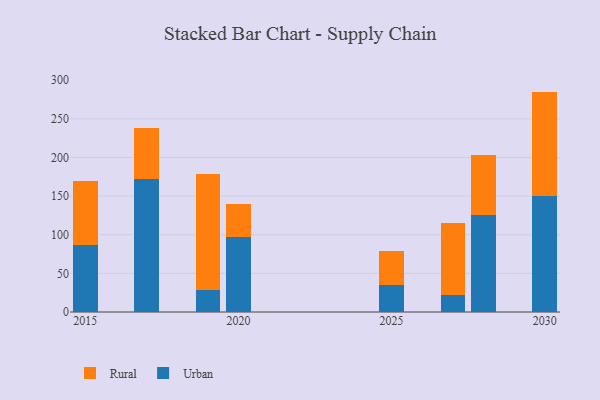
{"axis": {"x": "Year", "y": "Waste Production (Tons)"}, "legend": ["Rural", "Urban"], "data": [{"x": "2025", "y": 35.5, "type": "Urban"}, {"x": "2025", "y": 44.1, "type": "Rural"}, {"x": "2015", "y": 87.2, "type": "Urban"}, {"x": "2015", "y": 82.5, "type": "Rural"}, {"x": "2027", "y": 21.7, "type": "Urban"}, {"x": "2027", "y": 93.5, "type": "Rural"}, {"x": "2017", "y": 172.8, "type": "Urban"}, {"x": "2017", "y": 64.9, "type": "Rural"}, {"x": "2030", "y": 149.9, "type": "Urban"}, {"x": "2030", "y": 135.4, "type": "Rural"}, {"x": "2020", "y": 97.0, "type": "Urban"}, {"x": "2020", "y": 43.2, "type": "Rural"}, {"x": "2019", "y": 28.2, "type": "Urban"}, {"x": "2019", "y": 150.1, "type": "Rural"}, {"x": "2028", "y": 125.3, "type": "Urban"}, {"x": "2028", "y": 77.7, "type": "Rural"}]}